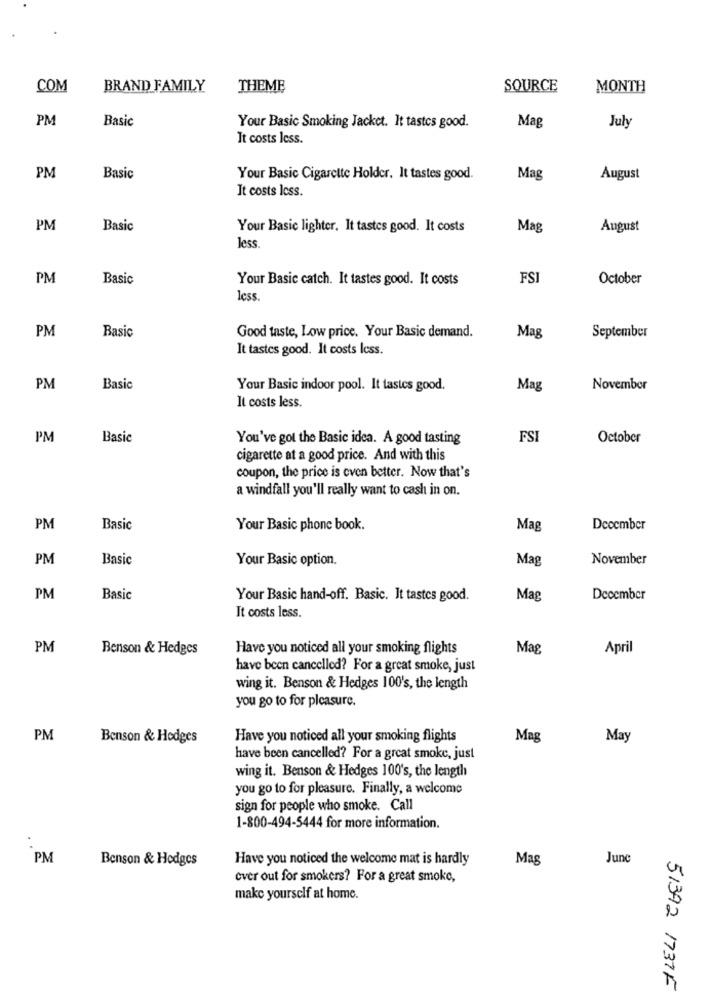
COM
BRAND FAMILY
THEME
SOURCE
MONTH
PM
Basic
Mag
Your Basic Smoking Jacket. It tastes good.
July
It costs less.
PM
Basic
Your Basic Cigarette Holder, It tastes good.
Mag
August
It costs Icss.
PM
Basic
Your Basic lighter. It tastes good. It costs
Mag
August
less.
PM
Basic
Your Basic catch. It tastes good. It costs
FSI
October
less.
PM
Basic
Good taste, Low price. Your Basic demand.
Mag
September
It tastes good. It costs less.
PM
Basic
Your Basic indoor pool. It tastes good.
Mag
November
It costs less.
PM
Basic
You've got the Basic idea. A good tasting
FS
October
cigarette at a good price. And with this
coupon, the price is even better. Now that's
a windfall you'll really want to cash in on.
PM
Basic
Your Basic phone book.
Mag
December
PM
Basic
Your Basic option.
Mag
November
PM
Basic
Your Basic hand-off. Basic. It tastes good.
Mag
December
It costs less.
PM
Benson & Hedges
Have you noticed all your smoking flights
Mag
April
have been cancelled? For a great smoke, just
wing it. Benson & Hedges 100's, the length
you go to for pleasure.
PM
Benson & Hodges
Have you noticed all your smoking flights
Mag
May
have been cancelled? For a great smoke, just
wing it. Benson & Hedges 100's, the length
you go to for pleasure. Finally, a welcome
sign for people who smoke. Call
1-800-494-5444 for more information.
PM
Benson & Hodges
Have you noticed the welcome mat is hardly
Mas
June
over out for smokers? For a great smoke,
make yourself at home.
51392 1737F